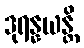
ဒုရန္နယန္တိ